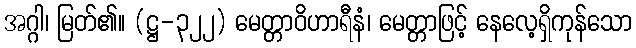
အဂ္ဂါ၊ မြတ်၏။ (ဋ္ဌ-၃၂၂) မေတ္တာဝိဟာရီနံ၊ မေတ္တာဖြင့် နေလေ့ရှိကုန်သော